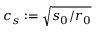
c _ { s } : = \sqrt { s _ { 0 } / r _ { 0 } }